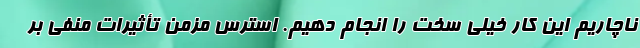
ناچاریم این کار خیلی سخت را انجام دهیم. استرس مزمن تأثیرات منفی بر